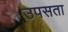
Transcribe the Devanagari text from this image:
उपसता